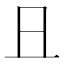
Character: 𠀇